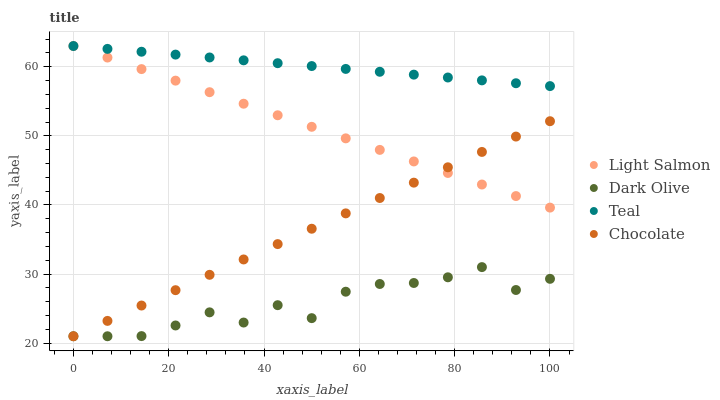
| xaxis_label | Light Salmon | Dark Olive | Teal | Chocolate |
 | --- | --- | --- | --- | --- |
 | 0 | 63 | 21 | 63 | 21 |
 | 7.14 | 61.3 | 21 | 62.6 | 23.2 |
 | 14.3 | 59.7 | 21 | 62.2 | 25.4 |
 | 21.4 | 58 | 22.6 | 61.8 | 27.7 |
 | 28.6 | 56.3 | 24.5 | 61.3 | 29.9 |
 | 35.7 | 54.6 | 23 | 60.9 | 32.1 |
 | 42.9 | 53 | 25.5 | 60.5 | 34.3 |
 | 50 | 51.3 | 23.6 | 60.1 | 36.6 |
 | 57.1 | 49.6 | 27.4 | 59.7 | 38.8 |
 | 64.3 | 48 | 28.6 | 59.3 | 41 |
 | 71.4 | 46.3 | 28.7 | 58.9 | 43.2 |
 | 78.6 | 44.6 | 29.5 | 58.4 | 45.5 |
 | 85.7 | 43 | 31 | 58 | 47.7 |
 | 92.9 | 41.3 | 27.7 | 57.6 | 49.9 |
 | 100 | 39.6 | 29.3 | 57.2 | 52.1 |